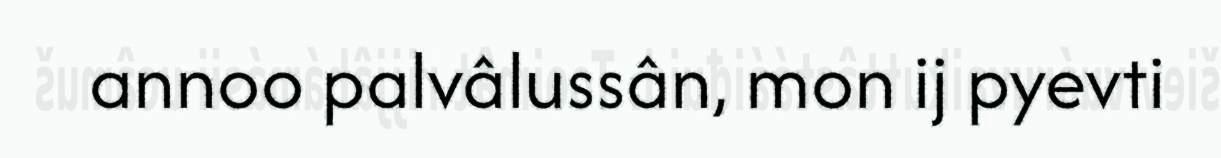
annoo palvâlussân, mon ij pyevti